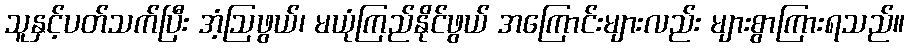
သူနှင့်ပတ်သက်ပြီး အံ့ဩဖွယ်၊ မယုံကြည်နိုင်ဖွယ် အကြောင်းများလည်း များစွာကြားရသည်။